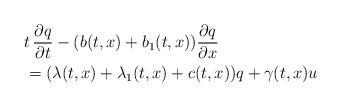
LaTeX: \begin{align*} &t \,\frac{\partial q}{\partial t}-(b(t,x)+b_1(t,x)) \frac{\partial q}{\partial x} \\ &= (\lambda(t,x)+\lambda_1(t,x)+c(t,x))q + \gamma(t,x)u \end{align*}